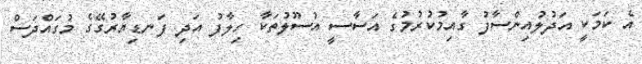
އެ ކަމަކީ އަދުލުއިންސާފު ގާއިމުކުރުމުގެ އަސާސީ އުސޫލުތަކާ ހިލާފު އަދި ފަނޑިޔާރުގޭގެ މުގައްދަސް